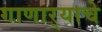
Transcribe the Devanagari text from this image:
गाणार्‍याचे